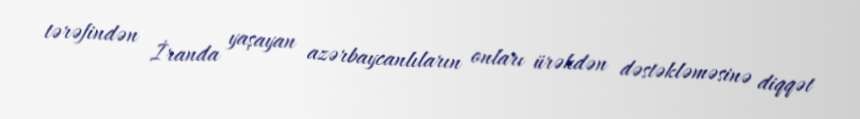
tərəfindən İranda yaşayan azərbaycanlıların onları ürəkdən dəstəkləməsinə diqqət